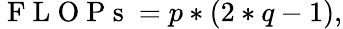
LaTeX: \mathrm{~F~L~O~P~s~}=p*(2*q-1),